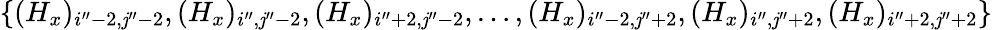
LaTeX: \{ (H_{x})_{i^{\prime\prime}-2,\mathit{j}^{\prime\prime}-2},(H_{x})_{i^{\prime\prime},\mathit{j}^{\prime\prime}-2},(H_{x})_{i^{\prime\prime}+2,\mathit{j}^{\prime\prime}-2},\ldots,(H_{x})_{i^{\prime\prime}-2,\mathit{j}^{\prime\prime}+2},(H_{x})_{i^{\prime\prime},\mathit{j}^{\prime\prime}+2},(H_{x})_{i^{\prime\prime}+2,\mathit{j}^{\prime\prime}+2}\}